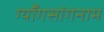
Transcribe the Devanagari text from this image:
ग्याँगसांगनाम